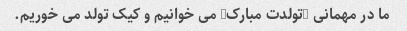
ما در مهمانی "تولدت مبارک" می خوانیم و کیک تولد می خوریم.